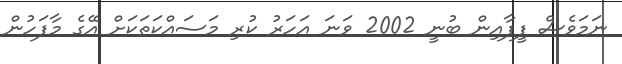
ނަމަވެސް ފީފާއިން ބުނީ 2002 ވަނަ އަހަރު ކުރި މަސައްކަތަކަށް އޭގެ މާފަހުން